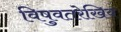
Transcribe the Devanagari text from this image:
विषुवतरेखिय